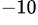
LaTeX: ^{-10}